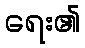
ရေး၏